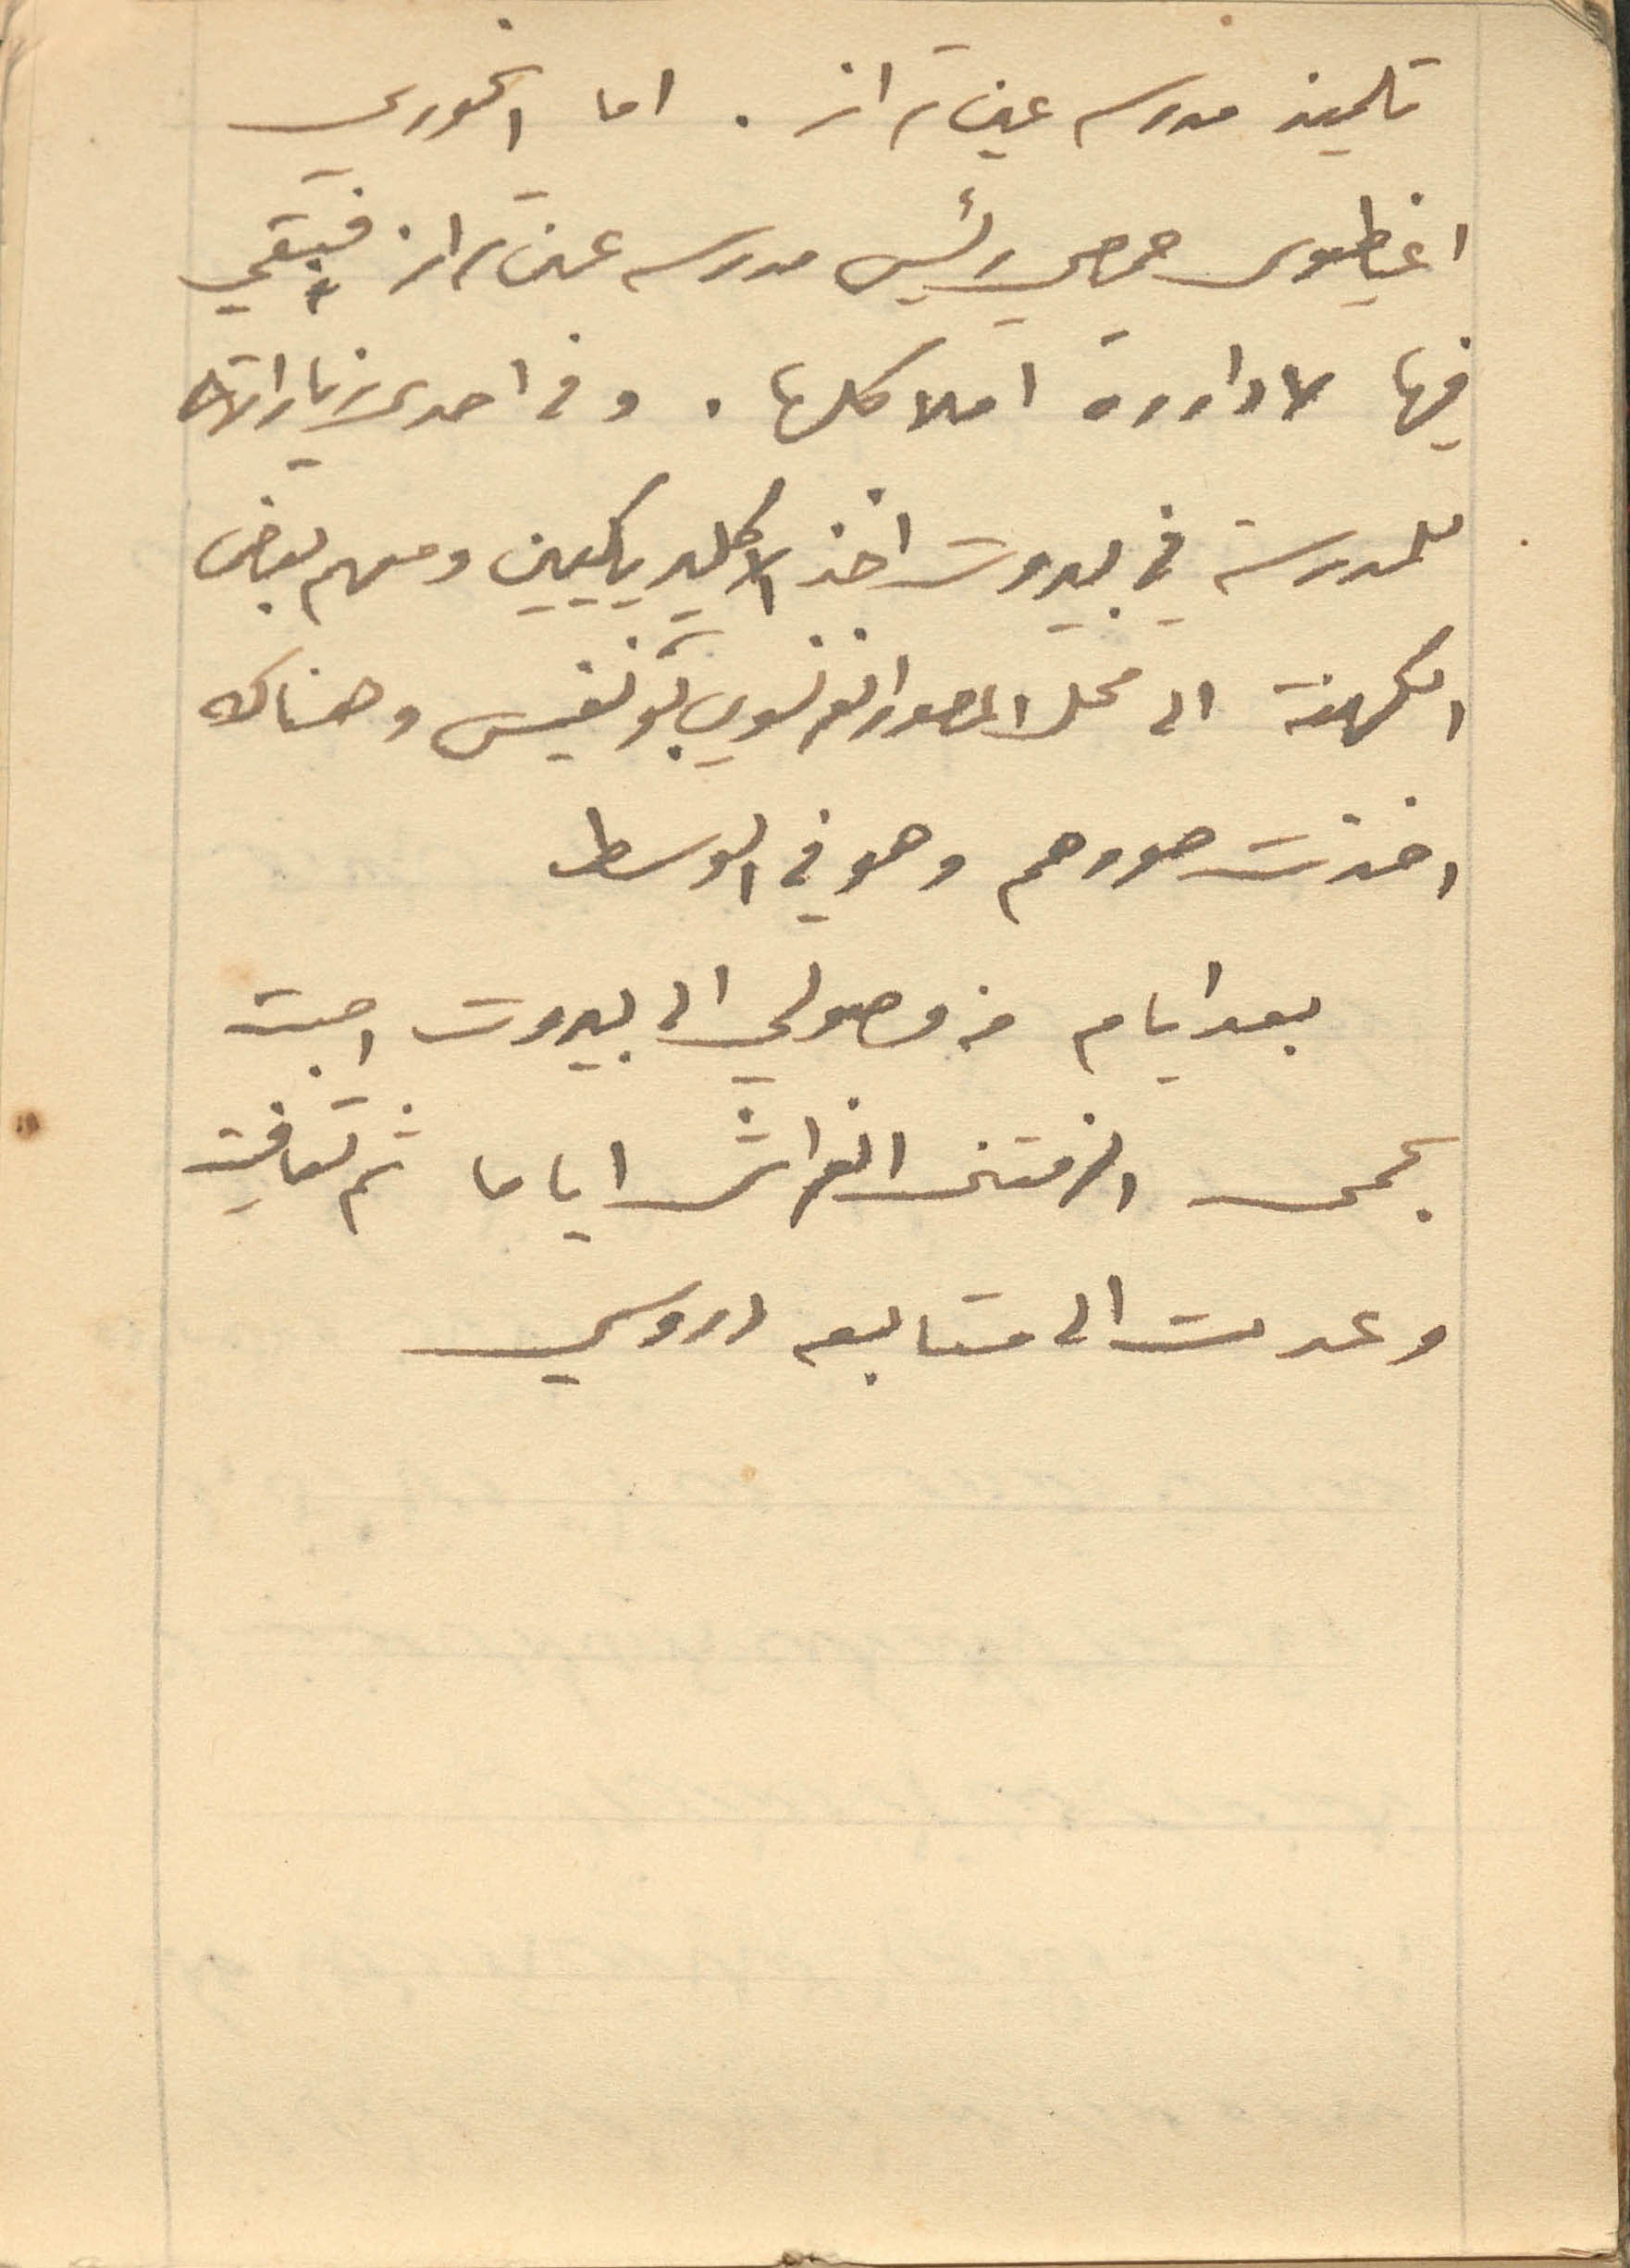
تلميذ مدرسه عين تراز. اما الخوري
اغطيوس حمصي رئيس مدرسه عين تراز فبقي
فيها لاداررة املاكها. وفي احدى زياراته
للمدرسه في بيروت اخذ الكليريكيين ومنهم بعض
الكهنة الى محل المصور الفرنسوي بونفيس وهناك
اخذت صورهم وهو في الوسط
بعد ايام من وصولي الى بيروت اصبت
بحمى والزمتني الفراش اياما ثم تعافيت
وعدت الى متابعه دروسي